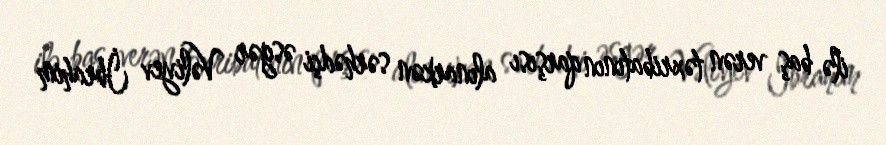
ilə baş verən təxribatının qarşısı alınarkən sərhədçi əsgər Vəliyev İbrahim